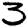
Digit: 3